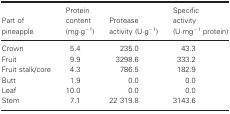
<table><thead><tr><td><b>Part of pineapple</b></td><td><b>Protein content (mg·g<sup>−1</sup>)</b></td><td><b>Protease activity (U·g<sup>−1</sup>)</b></td><td><b>Specific activity (U·mg<sup>−1</sup> protein)</b></td></tr></thead><tbody><tr><td>Crown</td><td>5.4</td><td>235.0</td><td>43.3</td></tr><tr><td>Fruit</td><td>9.9</td><td>3298.6</td><td>333.2</td></tr><tr><td>Fruit stalk/core</td><td>4.3</td><td>786.5</td><td>182.9</td></tr><tr><td>Butt</td><td>1.9</td><td>0.0</td><td>0.0</td></tr><tr><td>Leaf</td><td>10.0</td><td>0.0</td><td>0.0</td></tr><tr><td>Stem</td><td>7.1</td><td>22 319.8</td><td>3143.6</td></tr></tbody></table>